Indian journal of veterinary science and animal husbandry - Volume 14,
Year: 1944
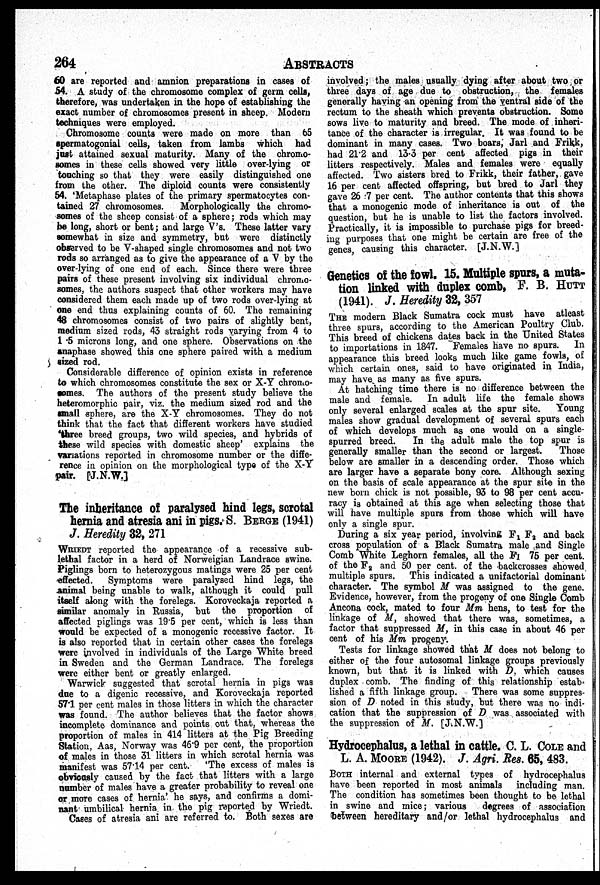
264
ABSTRACTS
60 are reported and amnion preparations in cases of
54. A study of the chromosome complex of germ cells,
therefore, was undertaken in the hope of establishing the
exact number of chromosomes present in sheep. Modern
techniques were employed.
Chromosome counts were made on more than 65
spermatogonial cells, taken from lambs which had
just attained sexual maturity. Many of the chromo-
somes in these cells showed very little over-lying or
touching so that they were easily distinguished one
from the other. The diploid counts were consistently
54. 'Metaphase plates of the primary spermatocytes con-
tained 27 chromosomes.
Morphologically the chromo-
somes of the sheep consist of a sphere; rods which may
be long, short or bent; and large V's. These latter vary
somewhat in size and symmetry, but were distinctly
observed to be V-shaped single chromosomes and not two
rods so arranged as to give the appearance of a V by the
over-lying of one end of each. Since there were three
pairs of these present involving six individual chromo-
somes, the authors suspect that other workers may have
considered them each made up of two rods over-lying at
one end thus explaining counts of 60. The remaining
48 chromosomes consist of two pairs of slightly bent,
medium sized rods, 43 straight rods varying from 4 to
1.5 microns long, and one sphere. Observations on the
anaphase showed this one sphere paired with a medium
sized rod.
Considerable difference of opinion exists in reference
to which chromosomes constitute the sex or X-Y chromo-
somes. The authors of the present study believe the
heteromorphic pair, viz. the medium sized rod and the
small sphere, are the X-Y chromosomes. They do not
think that the fact that different workers have studied
three breed groups, two wild species, and hybrids of
these wild species with domestic sheep' explains the
variations reported in chromosome number or the diffe-
rence in opinion on the morphological type of the X-Y
pair. [J.N.W.]
The inheritance of paralysed hind legs, scrotal
hernia and atresia ani in pigs. S. BERGE (1941)
J. Heredity 32, 271
WRIEDT reported the appearance of a recessive sub-
lethal factor in a herd of Norweigian Landrace swine.
Piglings born to heterozygous matings were 25 per cent
effected.
Symptoms were paralysed hind legs, the
animal being unable to walk, although it could pull
itself along with the forelegs. Koroveckaja reported a
similar anomaly in Russia, but the proportion of
affected piglings was 19.5 per cent, which is less than
would be expected of a monogenic recessive factor. It
is also reported that in certain other cases the forelegs
were involved in individuals of the Large White breed
in Sweden and the German Landrace. The forelegs
were either bent or greatly enlarged.
Warwick suggested that scrotal hernia in pigs was
due to a digenic recessive, and Koroveckaja reported
57.1 per cent males in those litters in which the character
was found. The author believes that the factor shows
incomplete dominance and points out that, whereas the
proportion of males in 414 litters at the Pig Breeding
Station, Aas, Norway was 46.9 per cent, the proportion
of males in those 31 litters in which scrotal hernia was
manifest was 57.14 per cent.
'The excess of males is
obviously caused by the fact that litters with a large
number of males have a greater probability to reveal one
or more cases of hernia' he says, and confirms a domi-
nant umbilical hernia in the pig reported by Wriedt.
Cases of atresia ani are referred to. Both sexes are
involved; the males usually dying after about two or
three days of age due to obstruction, the females
generally having an opening from the ventral side of the
rectum to the sheath which prevents obstruction. Some
sows live to maturity and breed. The mode of inheri-
tance of the character is irregular. It was found to be
dominant in many cases. Two boars, Jarl and Frikk,
had 21.2 and 13.3 per cent affected pigs in their
litters respectively. Males and females were equally
affected. Two sisters bred to Frikk, their father, gave
16 per cent affected offspring, but bred to Jarl they
gave 26 7 per cent. The author contents that this shows
that a monogenic mode of inheritance is out of the
question, but he is unable to list the factors involved.
Practically, it is impossible to purchase pigs for breed-
ing purposes that one might be certain are free of the
genes, causing this character. [J.N.W.]
Genetics of the fowl. 15. Multiple spurs, a muta-
tion linked with duplex comb, F. B. HUTT
(1941). J. Heredity 32, 357
THE modern Black Sumatra cock must have atleast
three spurs, according to the American Poultry Club.
This breed of chickens dates back in the United States
to importations in 1847. Females have no spurs.
In
appearance this breed looks much like game fowls, of
which certain ones, said to have originated in India,
may have as many as five spurs.
At hatching time there is no difference between the
male and female. In adult life the female shows
only several enlarged scales at the spur site. Young
males show gradual development of several spurs each
of which develops much as one would on a single-
spurred breed.
In the adult male the top spur is
generally smaller than the second or largest.
Those
below are smaller in a descending order. Those which
are larger have a separate bony core. Although sexing
on the basis of scale appearance at the spur site in the
new born chick is not possible, 93 to 98 per cent accu-
racy is obtained at this age when selecting those that
will have multiple spurs from those which will have
only a single spur.
During a six year period, involving F 1 F 2 and back
cross population of a Black Sumatra male and Single
Comb White Leghorn females, all the F 1 75 per cent.
of the F 2 and 50 per cent. of the backcrosses showed
multiple spurs. This indicated a unifactorial dominant
character. The symbol M was assigned to the gene.
Evidence, however, from the progeny of one Single Comb
Ancona cock, mated to four Mm hens, to test for the
linkage of M, showed that there was, sometimes, a
factor that suppressed M, in this case in about 46 per
cent of his Mm progeny.
Tests for linkage showed that M does not belong to
either of the four autosomal linkage groups previously
known, but that it is linked with D, which causes
duplex comb. The finding of this relationship estab-
lished a fifth linkage group. There was some suppres-
sion of D noted in this study, but there was no indi-
cation that the suppression of D was associated with
the suppression of M. [J.N.W.]
Hydrocephalus, a lethal in cattle. C. L. COLE and
L. A. MOORE (1942). J. Agri. Res. 65, 483.
BOTH internal and external types of hydrocephalus
have been reported in most animals including man.
The condition has sometimes been thought to be lethal
in swine and mice; various
degrees of association
between hereditary and/or lethal hydrocephalus and